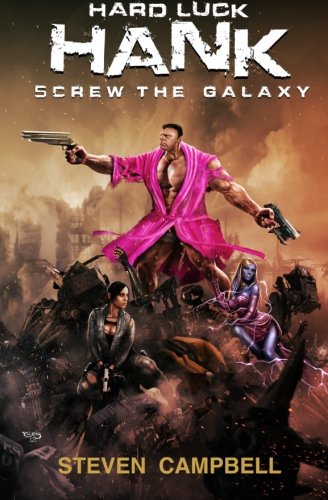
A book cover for Hard Luck Hank: Screw the Galaxy (Volume 1); Steven Campbell; Science Fiction & Fantasy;